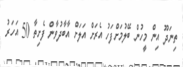
ތިނަދޫ އިން މީހުން ބޭލުމަށްފަހު އެރަށް އަލަށް އާބާދުވާން ފެށިތާ 50 އަހަރު